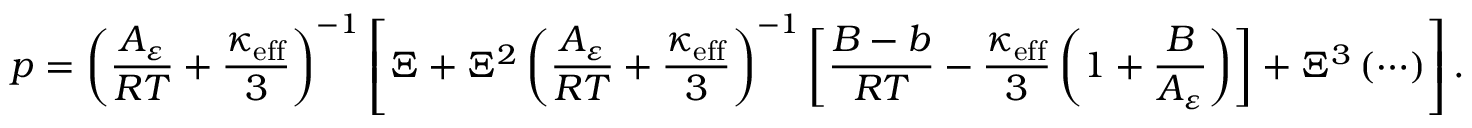
p = \left( \frac { A _ { \varepsilon } } { R T } + \frac { \kappa _ { \mathrm { e f f } } } { 3 } \right) ^ { - 1 } \left[ \Xi + \Xi ^ { 2 } \left( \frac { A _ { \varepsilon } } { R T } + \frac { \kappa _ { \mathrm { e f f } } } { 3 } \right) ^ { - 1 } \left[ \frac { B - b } { R T } - \frac { \kappa _ { \mathrm { e f f } } } { 3 } \left( 1 + \frac { B } { A _ { \varepsilon } } \right) \right] + \Xi ^ { 3 } \left( \cdots \right) \right] .